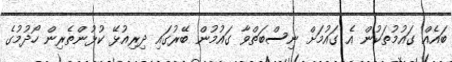
ބައެއް ގައުމުތަކުން އެ ގައުމަށް ނިސްބަތްވާ ގައުމުން ބޭރުގައި ދިރިއުޅޭ ކުޅުންތެރިން ހޯދުމުގެ